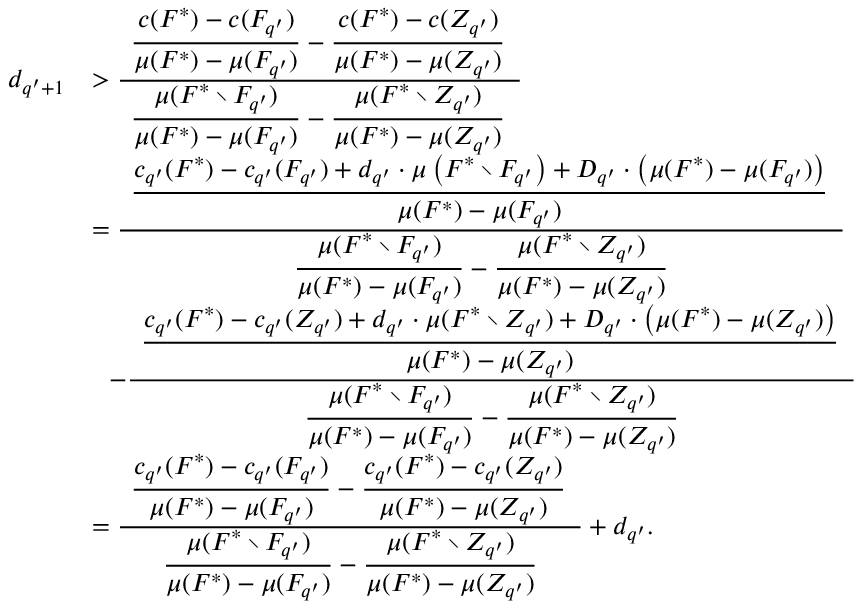
\begin{array} { r l } { d _ { q ^ { \prime } + 1 } } & { > \frac { \hphantom { x } \displaystyle \frac { c ( F ^ { * } ) - c ( F _ { q ^ { \prime } } ) } { \mu ( F ^ { * } ) - \mu ( F _ { q ^ { \prime } } ) } - \frac { c ( F ^ { * } ) - c ( Z _ { q ^ { \prime } } ) } { \mu ( F ^ { * } ) - \mu ( Z _ { q ^ { \prime } } ) } \hphantom { x } } { \hphantom { x } \displaystyle \frac { \mu ( F ^ { * } \setminus F _ { q ^ { \prime } } ) } { \mu ( F ^ { * } ) - \mu ( F _ { q ^ { \prime } } ) } - \frac { \mu ( F ^ { * } \setminus Z _ { q ^ { \prime } } ) } { \mu ( F ^ { * } ) - \mu ( Z _ { q ^ { \prime } } ) } \hphantom { x } } } \\ { } & { = \frac { \hphantom { x } \displaystyle \frac { c _ { q ^ { \prime } } ( F ^ { * } ) - c _ { q ^ { \prime } } ( F _ { q ^ { \prime } } ) + d _ { q ^ { \prime } } \cdot \mu \left( F ^ { * } \setminus F _ { q ^ { \prime } } \right) + D _ { q ^ { \prime } } \cdot \left( \mu ( F ^ { * } ) - \mu ( F _ { q ^ { \prime } } ) \right) } { \mu ( F ^ { * } ) - \mu ( F _ { q ^ { \prime } } ) } \hphantom { x } } { \displaystyle \frac { \mu ( F ^ { * } \setminus F _ { q ^ { \prime } } ) } { \mu ( F ^ { * } ) - \mu ( F _ { q ^ { \prime } } ) } - \frac { \mu ( F ^ { * } \setminus Z _ { q ^ { \prime } } ) } { \mu ( F ^ { * } ) - \mu ( Z _ { q ^ { \prime } } ) } } } \\ { } & { ~ ~ - \frac { \hphantom { x } \displaystyle \frac { c _ { q ^ { \prime } } ( F ^ { * } ) - c _ { q ^ { \prime } } ( Z _ { q ^ { \prime } } ) + d _ { q ^ { \prime } } \cdot \mu ( F ^ { * } \setminus Z _ { q ^ { \prime } } ) + D _ { q ^ { \prime } } \cdot \left( \mu ( F ^ { * } ) - \mu ( Z _ { q ^ { \prime } } ) \right) } { \mu ( F ^ { * } ) - \mu ( Z _ { q ^ { \prime } } ) } \hphantom { x } } { \displaystyle \frac { \mu ( F ^ { * } \setminus F _ { q ^ { \prime } } ) } { \mu ( F ^ { * } ) - \mu ( F _ { q ^ { \prime } } ) } - \frac { \mu ( F ^ { * } \setminus Z _ { q ^ { \prime } } ) } { \mu ( F ^ { * } ) - \mu ( Z _ { q ^ { \prime } } ) } } } \\ { } & { = \frac { \hphantom { x } \displaystyle \frac { c _ { q ^ { \prime } } ( F ^ { * } ) - c _ { q ^ { \prime } } ( F _ { q ^ { \prime } } ) } { \mu ( F ^ { * } ) - \mu ( F _ { q ^ { \prime } } ) } - \frac { c _ { q ^ { \prime } } ( F ^ { * } ) - c _ { q ^ { \prime } } ( Z _ { q ^ { \prime } } ) } { \mu ( F ^ { * } ) - \mu ( Z _ { q ^ { \prime } } ) } \hphantom { x } } { \displaystyle \frac { \mu ( F ^ { * } \setminus F _ { q ^ { \prime } } ) } { \mu ( F ^ { * } ) - \mu ( F _ { q ^ { \prime } } ) } - \frac { \mu ( F ^ { * } \setminus Z _ { q ^ { \prime } } ) } { \mu ( F ^ { * } ) - \mu ( Z _ { q ^ { \prime } } ) } } + d _ { q ^ { \prime } } . } \end{array}